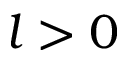
l > 0